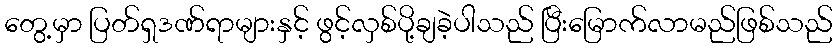
တွေ့မှာ ပြတ်ရှဒဏ်ရာများနှင့် ဖွင့်လှစ်ပို့ချခဲ့ပါသည် ပြီးမြောက်လာမည်ဖြစ်သည်